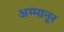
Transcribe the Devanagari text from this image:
अम्मानूर